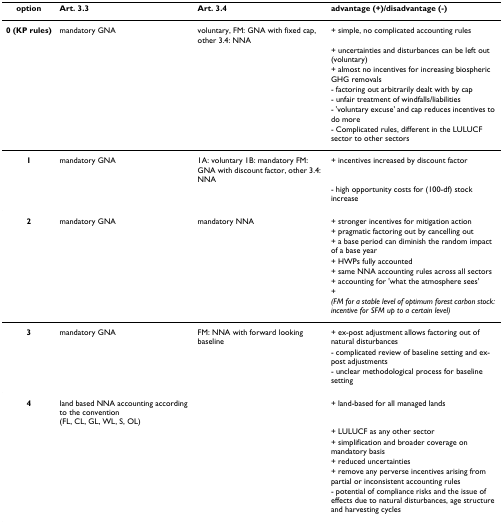
<table><thead><tr><td><b>option</b></td><td><b>Art. 3.3</b></td><td><b>Art. 3.4</b></td><td><b>advantage (+)/disadvantage (-)</b></td></tr></thead><tbody><tr><td><b>0 (KP rules)</b></td><td>mandatory GNA</td><td>voluntary, FM: GNA with fixed cap, other 3.4: NNA</td><td>+ simple, no complicated accounting rules</td></tr><tr><td></td><td></td><td></td><td>+ uncertainties and disturbances can be left out (voluntary)</td></tr><tr><td></td><td></td><td></td><td>+ almost no incentives for increasing biospheric GHG removals</td></tr><tr><td></td><td></td><td></td><td>- factoring out arbitrarily dealt with by cap</td></tr><tr><td></td><td></td><td></td><td>- unfair treatment of windfalls/liabilities</td></tr><tr><td></td><td></td><td></td><td>- &#x27;voluntary excuse&#x27; and cap reduces incentives to do more</td></tr><tr><td></td><td></td><td></td><td>- Complicated rules, different in the LULUCF sector to other sectors</td></tr><tr><td><b>1</b></td><td>mandatory GNA</td><td>1A: voluntary 1B: mandatory FM: GNA with discount factor, other 3.4: NNA</td><td>+ incentives increased by discount factor</td></tr><tr><td></td><td></td><td></td><td>- high opportunity costs for (100-df) stock increase</td></tr><tr><td><b>2</b></td><td>mandatory GNA</td><td>mandatory NNA</td><td>+ stronger incentives for mitigation action</td></tr><tr><td></td><td></td><td></td><td>+ pragmatic factoring out by cancelling out</td></tr><tr><td></td><td></td><td></td><td>+ a base period can diminish the random impact of a base year</td></tr><tr><td></td><td></td><td></td><td>+ HWPs fully accounted</td></tr><tr><td></td><td></td><td></td><td>+ same NNA accounting rules across all sectors</td></tr><tr><td></td><td></td><td></td><td>+ accounting for &#x27;what the atmosphere sees&#x27;</td></tr><tr><td></td><td></td><td></td><td>+<i>(FM for a stable level of optimum forest carbon stock: incentive for SFM up to a certain level)</i></td></tr><tr><td><b>3</b></td><td>mandatory GNA</td><td>FM: NNA with forward looking baseline</td><td>+ ex-post adjustment allows factoring out of natural disturbances</td></tr><tr><td></td><td></td><td></td><td>- complicated review of baseline setting and ex-post adjustments</td></tr><tr><td></td><td></td><td></td><td>- unclear methodological process for baseline setting</td></tr><tr><td><b>4</b></td><td>land based NNA accounting according to the convention (FL, CL, GL, WL, S, OL)</td><td></td><td>+ land-based for all managed lands</td></tr><tr><td></td><td></td><td></td><td>+ LULUCF as any other sector</td></tr><tr><td></td><td></td><td></td><td>+ simplification and broader coverage on mandatory basis</td></tr><tr><td></td><td></td><td></td><td>+ reduced uncertainties</td></tr><tr><td></td><td></td><td></td><td>+ remove any perverse incentives arising from partial or inconsistent accounting rules</td></tr><tr><td></td><td></td><td></td><td>- potential of compliance risks and the issue of effects due to natural disturbances, age structure and harvesting cycles</td></tr></tbody></table>